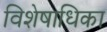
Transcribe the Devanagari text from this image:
विशेषाधिका